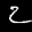
Label: 2